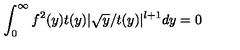
\int _ { 0 } ^ { \infty } f ^ { 2 } ( y ) t ( y ) | \sqrt y / t ( y ) | ^ { l + 1 } d y = 0